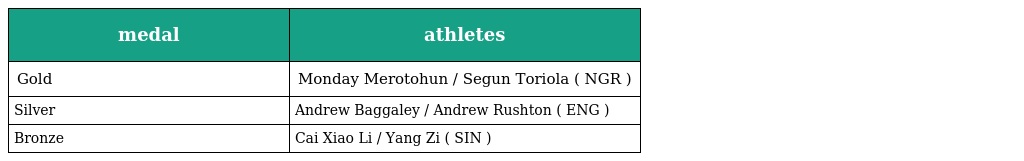
| medal | athletes |
 | --- | --- |
 | Gold | Monday Merotohun / Segun Toriola ( NGR ) |
 | Silver | Andrew Baggaley / Andrew Rushton ( ENG ) |
 | Bronze | Cai Xiao Li / Yang Zi ( SIN ) |